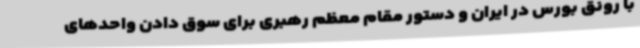
با رونق بورس در ایران و دستور مقام معظم رهبری برای سوق دادن واحدهای